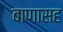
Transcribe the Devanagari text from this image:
बाणासह